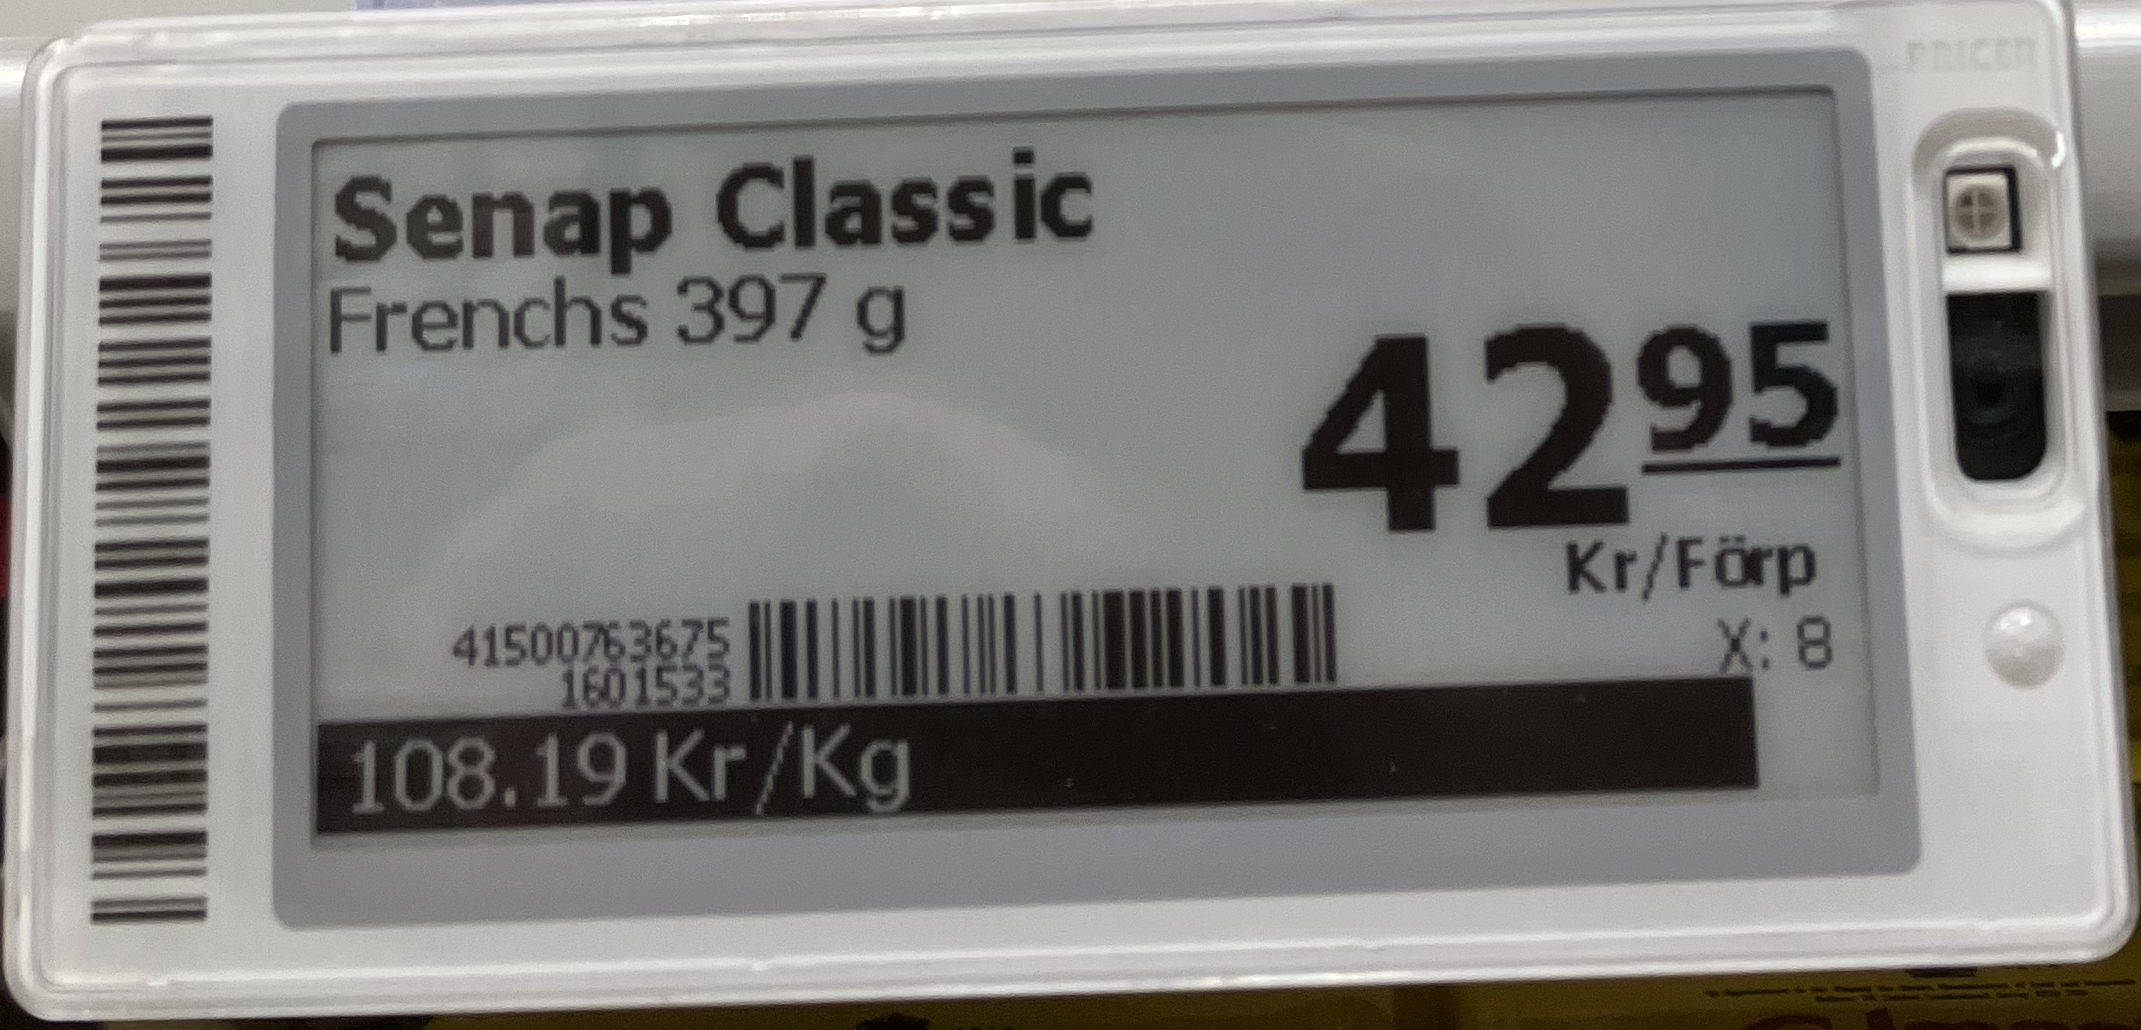
Vara: Senap Classic
Genomsnittspris: 108.19 per kg